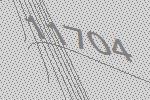
11704